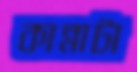
কান্নাটা